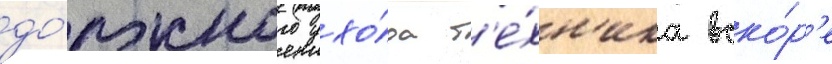
до́лжного ухо́да т'е́хн'ика вско́р'е